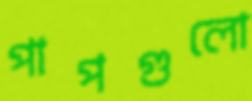
পাপগুলো